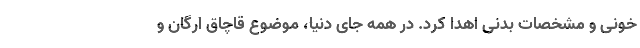
خونی و مشخصات بدنی اهدا کرد. در همه جای دنیا، موضوع قاچاق ارگان و